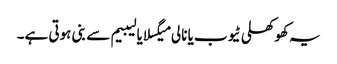
یہ کھوکھلی ٹیوب یا نالی میگسلا یا لیبیم سے بنی ہوتی ہے۔